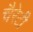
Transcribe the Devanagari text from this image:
चैरेटी